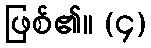
ဖြစ်၏။ (၄)